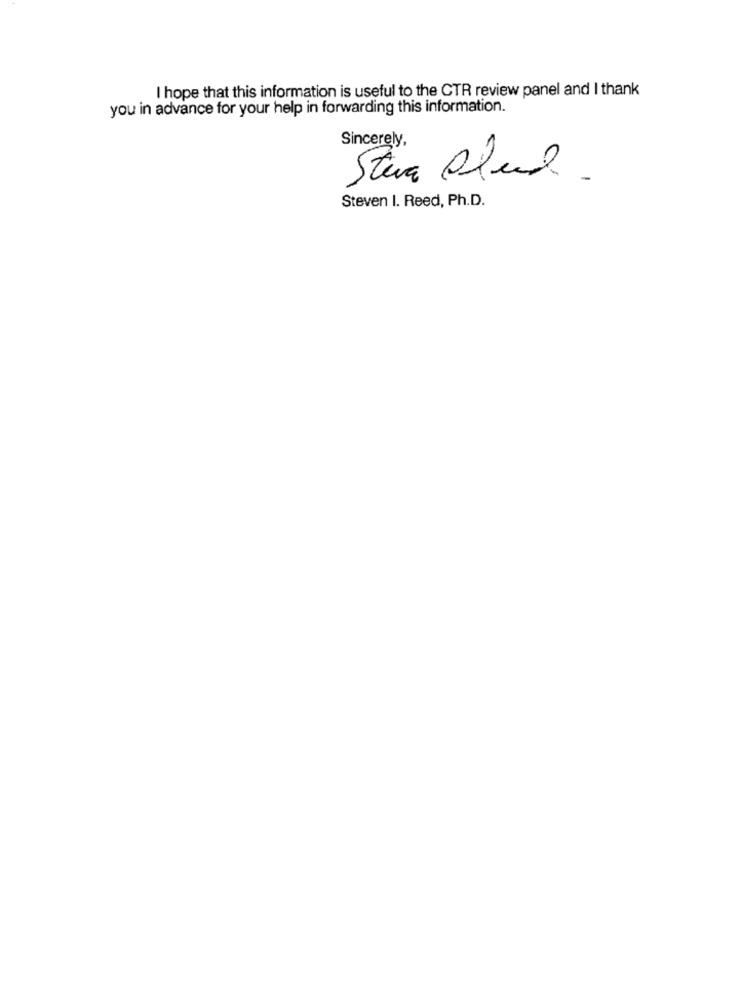
I hope that this information is useful to the CTR review panel and I thank
you in advance for your help in forwarding this information.
Sincerely,
Steve Plund.
Steven I. Reed, Ph.D.